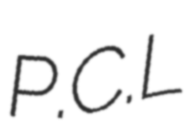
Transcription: P.C.L